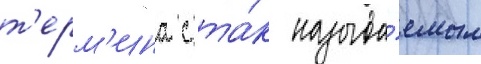
т'ерм'ина с та́к называ́емым